Newspaper: Southern live-stock journal.
Place of publication: Starkville, Miss.
Publisher: Live-stock Journal Co.
Date: 1890-07-24 00:00:00
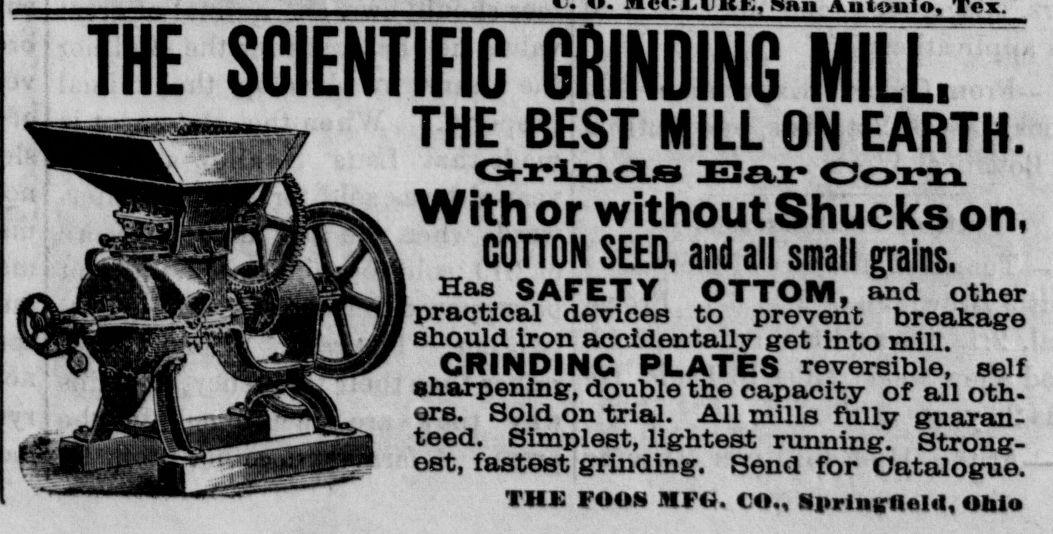
Advertisement text (OCR):
THE SCIENTIFIC GRINDING MILL. THE BEST MILL ON EARTH. Q-rincis Ear Corn With or without Shucks on, COTTON SEED, and all small grains. Has SAFETY OTTOM, and other praotical devices to prevent breakage should iron accidentally get into mill. GRINDING PLATES reversible, self sharpening, double the capacity of all oth. era. Sold on trial. A.11 mills fully guaran teed. Simplest, lightest running. Strong est, fastest grinding. Send for Catalogue. THE POOS MPO. CO., Springfield, Ohio
Label: illustrations